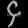
Digit: ၄